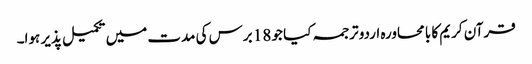
قرآن کریم کا با محاورہ اردو ترجمہ کیا جو 18 برس کی مدت میں تکمیل پذیر ہوا۔